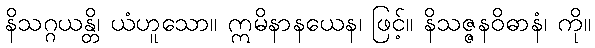
နိသဂ္ဂယန္တိ၊ ယံဟူသော။ ဣမိနာနယေန၊ ဖြင့်။ နိသဇ္ဇနဝိဓာနံ၊ ကို။